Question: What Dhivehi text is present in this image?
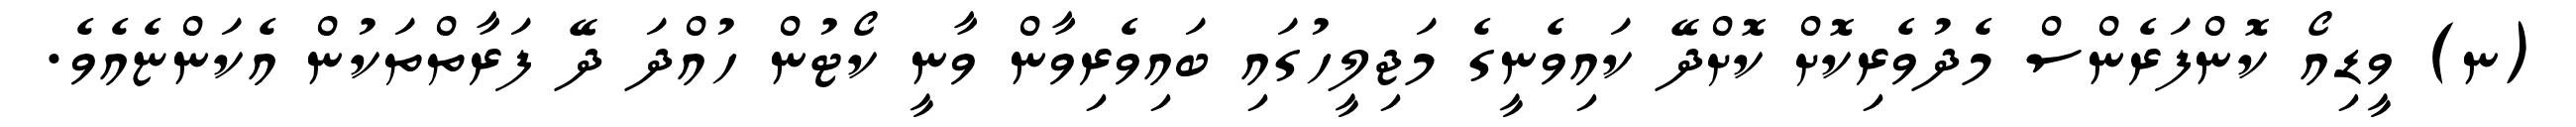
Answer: (ނ) ވީޑިއޯ ކޮންފަރެންސް މެދުވެރިކޮށް ކޮށްދޭ ކައިވެނީގެ މަޖިލީހުގައި ބައިވެރިވާން ވާނީ ކޯޓުން ހުއްދަ ދޭ ފަރާތްތަކުން އެކަންޏެއެވެ.